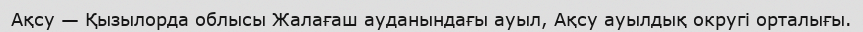
Ақсу — Қызылорда облысы Жалағаш ауданындағы ауыл, Ақсу ауылдық округі орталығы.